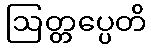
ဩတ္တပ္ပေတိ